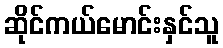
ဆိုင်ကယ်မောင်းနှင်သူ